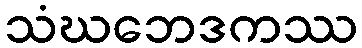
သံဃဘေဒကဿ